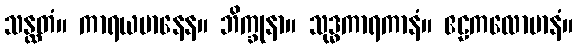
သန္ထတံ။ ကာရယမာနေန။ ဘိက္ခုနာ။ သုဒ္ဓကာရကာနံ။ ဧဠကလောမာနံ။